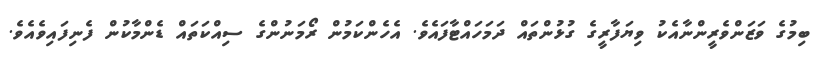
ބިމުގެ ވަޒަންވެރީންނާއެކު ވިޔަފާރީގެ ގުޅުންތައް ދަމަހައްޓާފައެވެ. އެހެންކަމުން ރޯމަނުންގެ ސިއްކަތައް ޑެންމާކުން ފެނިފައިވެއެވެ.